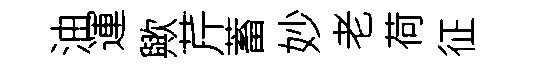
油運歟芹蓄妙老荷征